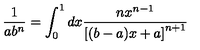
\frac 1 { a b ^ { n } } = \int _ { 0 } ^ { 1 } d x \frac { n x ^ { n - 1 } } { \left[ ( b - a ) x + a \right] ^ { n + 1 } }